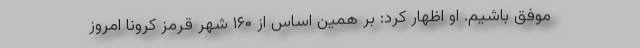
موفق باشیم. او اظهار کرد: بر همین اساس از ۱۶۰ شهر قرمز کرونا امروز